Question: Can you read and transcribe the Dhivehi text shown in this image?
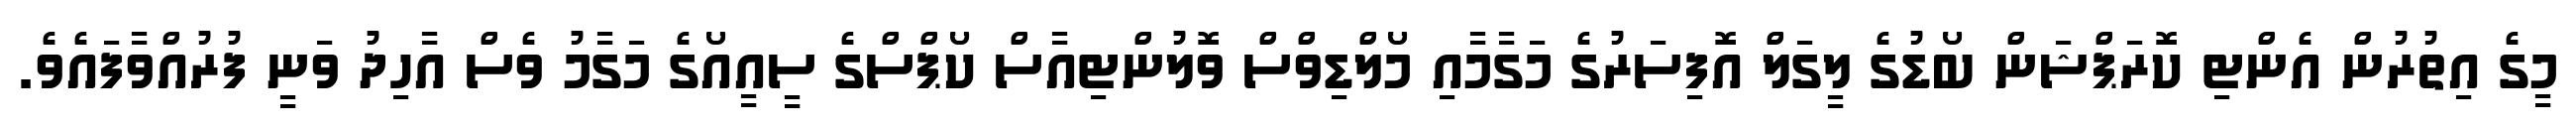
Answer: މީގެ އިތުރުން އެންޓި ކޮރަޕްޝަން ބޯޑުގެ ލީގަލް އޮފިސަރުގެ މަގާމާއި މޯލްޑިވްސް ވޮލުންޓިއާސް ކޯޕްސްގެ ސީއީއޯގެ މަގާމު ވެސް އާހިދު ވަނީ ފުރުއްވާފައެވެ.